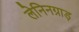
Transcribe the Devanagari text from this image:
लेनिनग्राड़